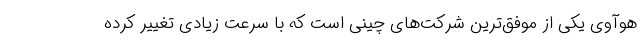
هوآوی یکی از موفق‌ترین شرکت‌های چینی است که با سرعت زیادی تغییر کرده